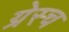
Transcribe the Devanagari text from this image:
ग्रेस्च